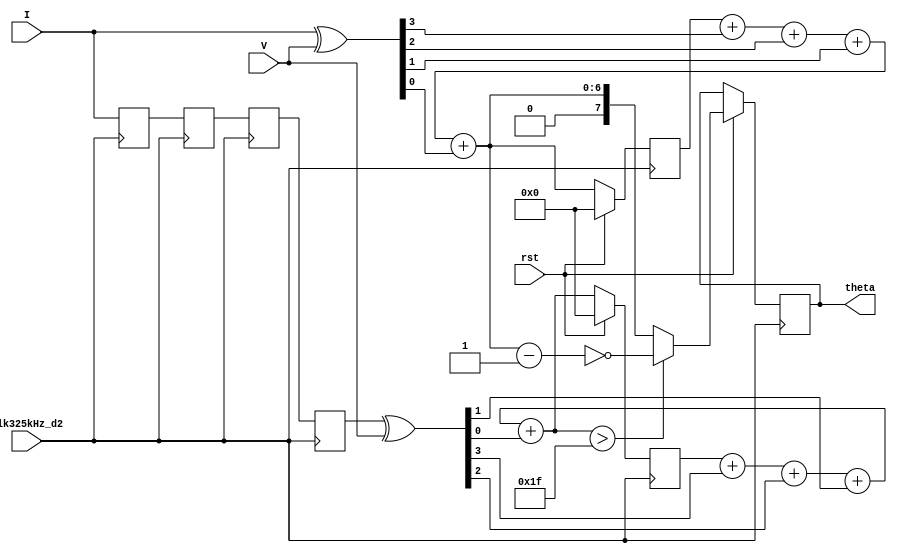
module phase_detector2(theta,I,V, rst,clk325kHz_d2);
input rst, clk325kHz_d2;
input [3:0] I, V;
output signed [7:0] theta;

// Four sampled data in a vector, with a delay of the 1/4 period
reg [3:0] I_shift0, I_shift1, I_shift2, I_shift3; // 4 unpacked array of size 4
always @(negedge clk325kHz_d2) begin
	I_shift3 <= I_shift2;
	I_shift2 <= I_shift1;
	I_shift1 <= I_shift0;
	I_shift0 <= I;
end

wire [3:0] XOR_IV, XOR_Idelay_V;
assign XOR_IV=I^V;
assign XOR_Idelay_V=I_shift3^V;

reg [6:0] accum1=7'b0,accum2=7'b0;
wire [6:0] sum1, sum2;
assign sum1 = accum1+{6'b0,XOR_IV[3]}+ {6'b0,XOR_IV[2]}+{6'b0,XOR_IV[1]}+{6'b0,XOR_IV[0]};
assign sum2 = accum2+{6'b0,XOR_Idelay_V[3]}+ {6'b0,XOR_Idelay_V[2]}+{6'b0,XOR_Idelay_V[1]}+{6'b0,XOR_Idelay_V[0]};
reg signed [7:0] theta;
always @(posedge clk325kHz_d2) begin
	if (rst) begin   // Reset for every 16 cycles, about a period of a 20kHz clock 
	   accum1 <= 7'b0;
		accum2 <= 7'b0;
		theta <=(sum2>7'b0011111)?{1'b1,~(sum1-1)}:{1'b0,sum1};
      // theta<0 when accum2 >= 64/2 (Current lags behind Voltage) 
   end 
	else	begin	
	   accum1 <= sum1;
		accum2 <= sum2;
	end
end

endmodule